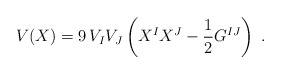
\begin{align*}V(X)=9\,V_{I}V_{J}\left( X^{I}X^{J}-{\frac{1}{2}}G^{IJ}\right) \ .\end{align*}